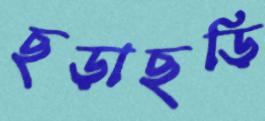
ছড়াছড়ি